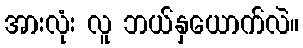
အားလုံး လူ ဘယ်နှယောက်လဲ။